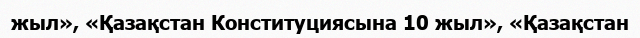
жыл», «Қазақстан Конституциясына 10 жыл», «Қазақстан